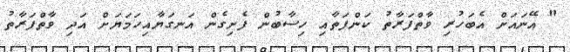
" އޭނައަށް އެބަހުރި ވާތްފަރާތު ކަންފަތާއި ހިސާބުން ފެށިގެން އަނގަޔާއިހަމަޔަށް އަދި ވާތްފަރާތު